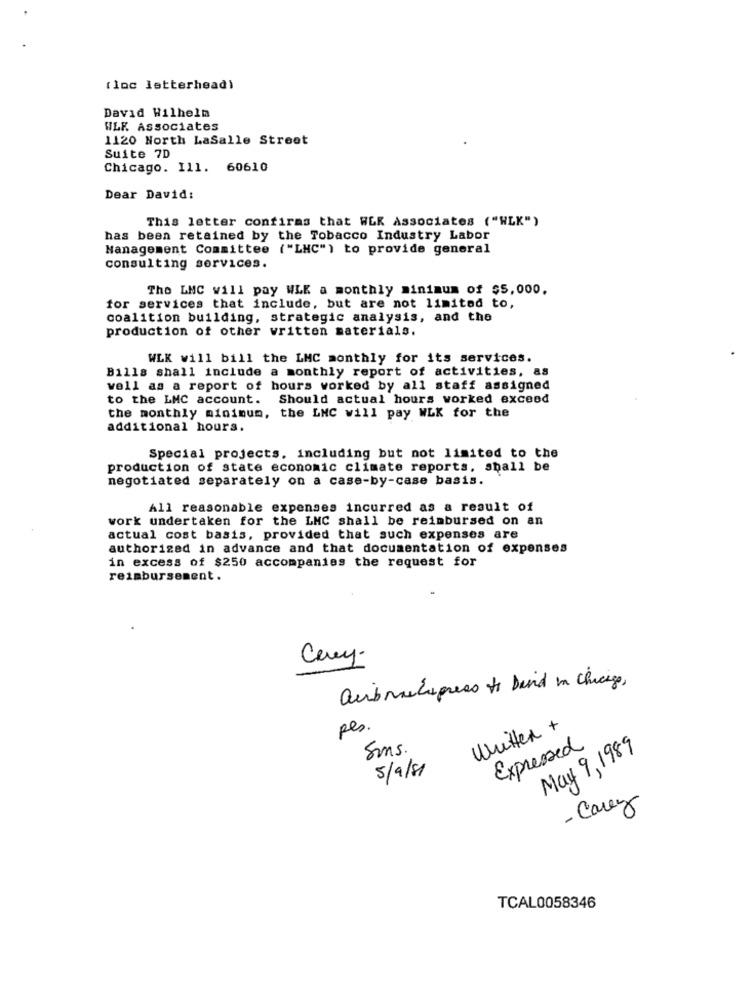
(loc letterhead)
David Wilhelm
WLK Associates
1120 North LaSalle Street
Suite 7D
Chicago. Ill. 60610
Dear David:
This letter confirms that WEK Associates ("WLK")
has been retained by the Tobacco Industry Labor
Management Committee ("LHC") to provide general
consulting services.
The LMC will pay WLE a monthly minimum of $5,000.
for services that include, but are not limited to,
coalition building, strategic analysis, and the
production of other written materials.
WLK will bill the LMC monthly for its services.
Bills shall include a monthly report of activities, as
vell as a report of hours worked by all staff assigned
to the LMC account. Should actual hours worked exceod
the monthly minimum, the LMC will pay WLK for the
additional hours.
Special projects, including but not limited to the
production of state economic climate reports, shall be
negotiated separately on a case-by-case basis.
All reasonable expenses incurred as a result of
work undertaken for the LMC shall be reimbursed on an
actual cost basis, provided that such expenses are
authorized in advance and that documentation of expenses
in excess of $250 accompanies the request for
reimbursement.
aubraispress to bind in Chicago ,
pes.
Written +
Sms
Expressed
May 9 , 1989
5/9/81
- Carey
TCAL0058346